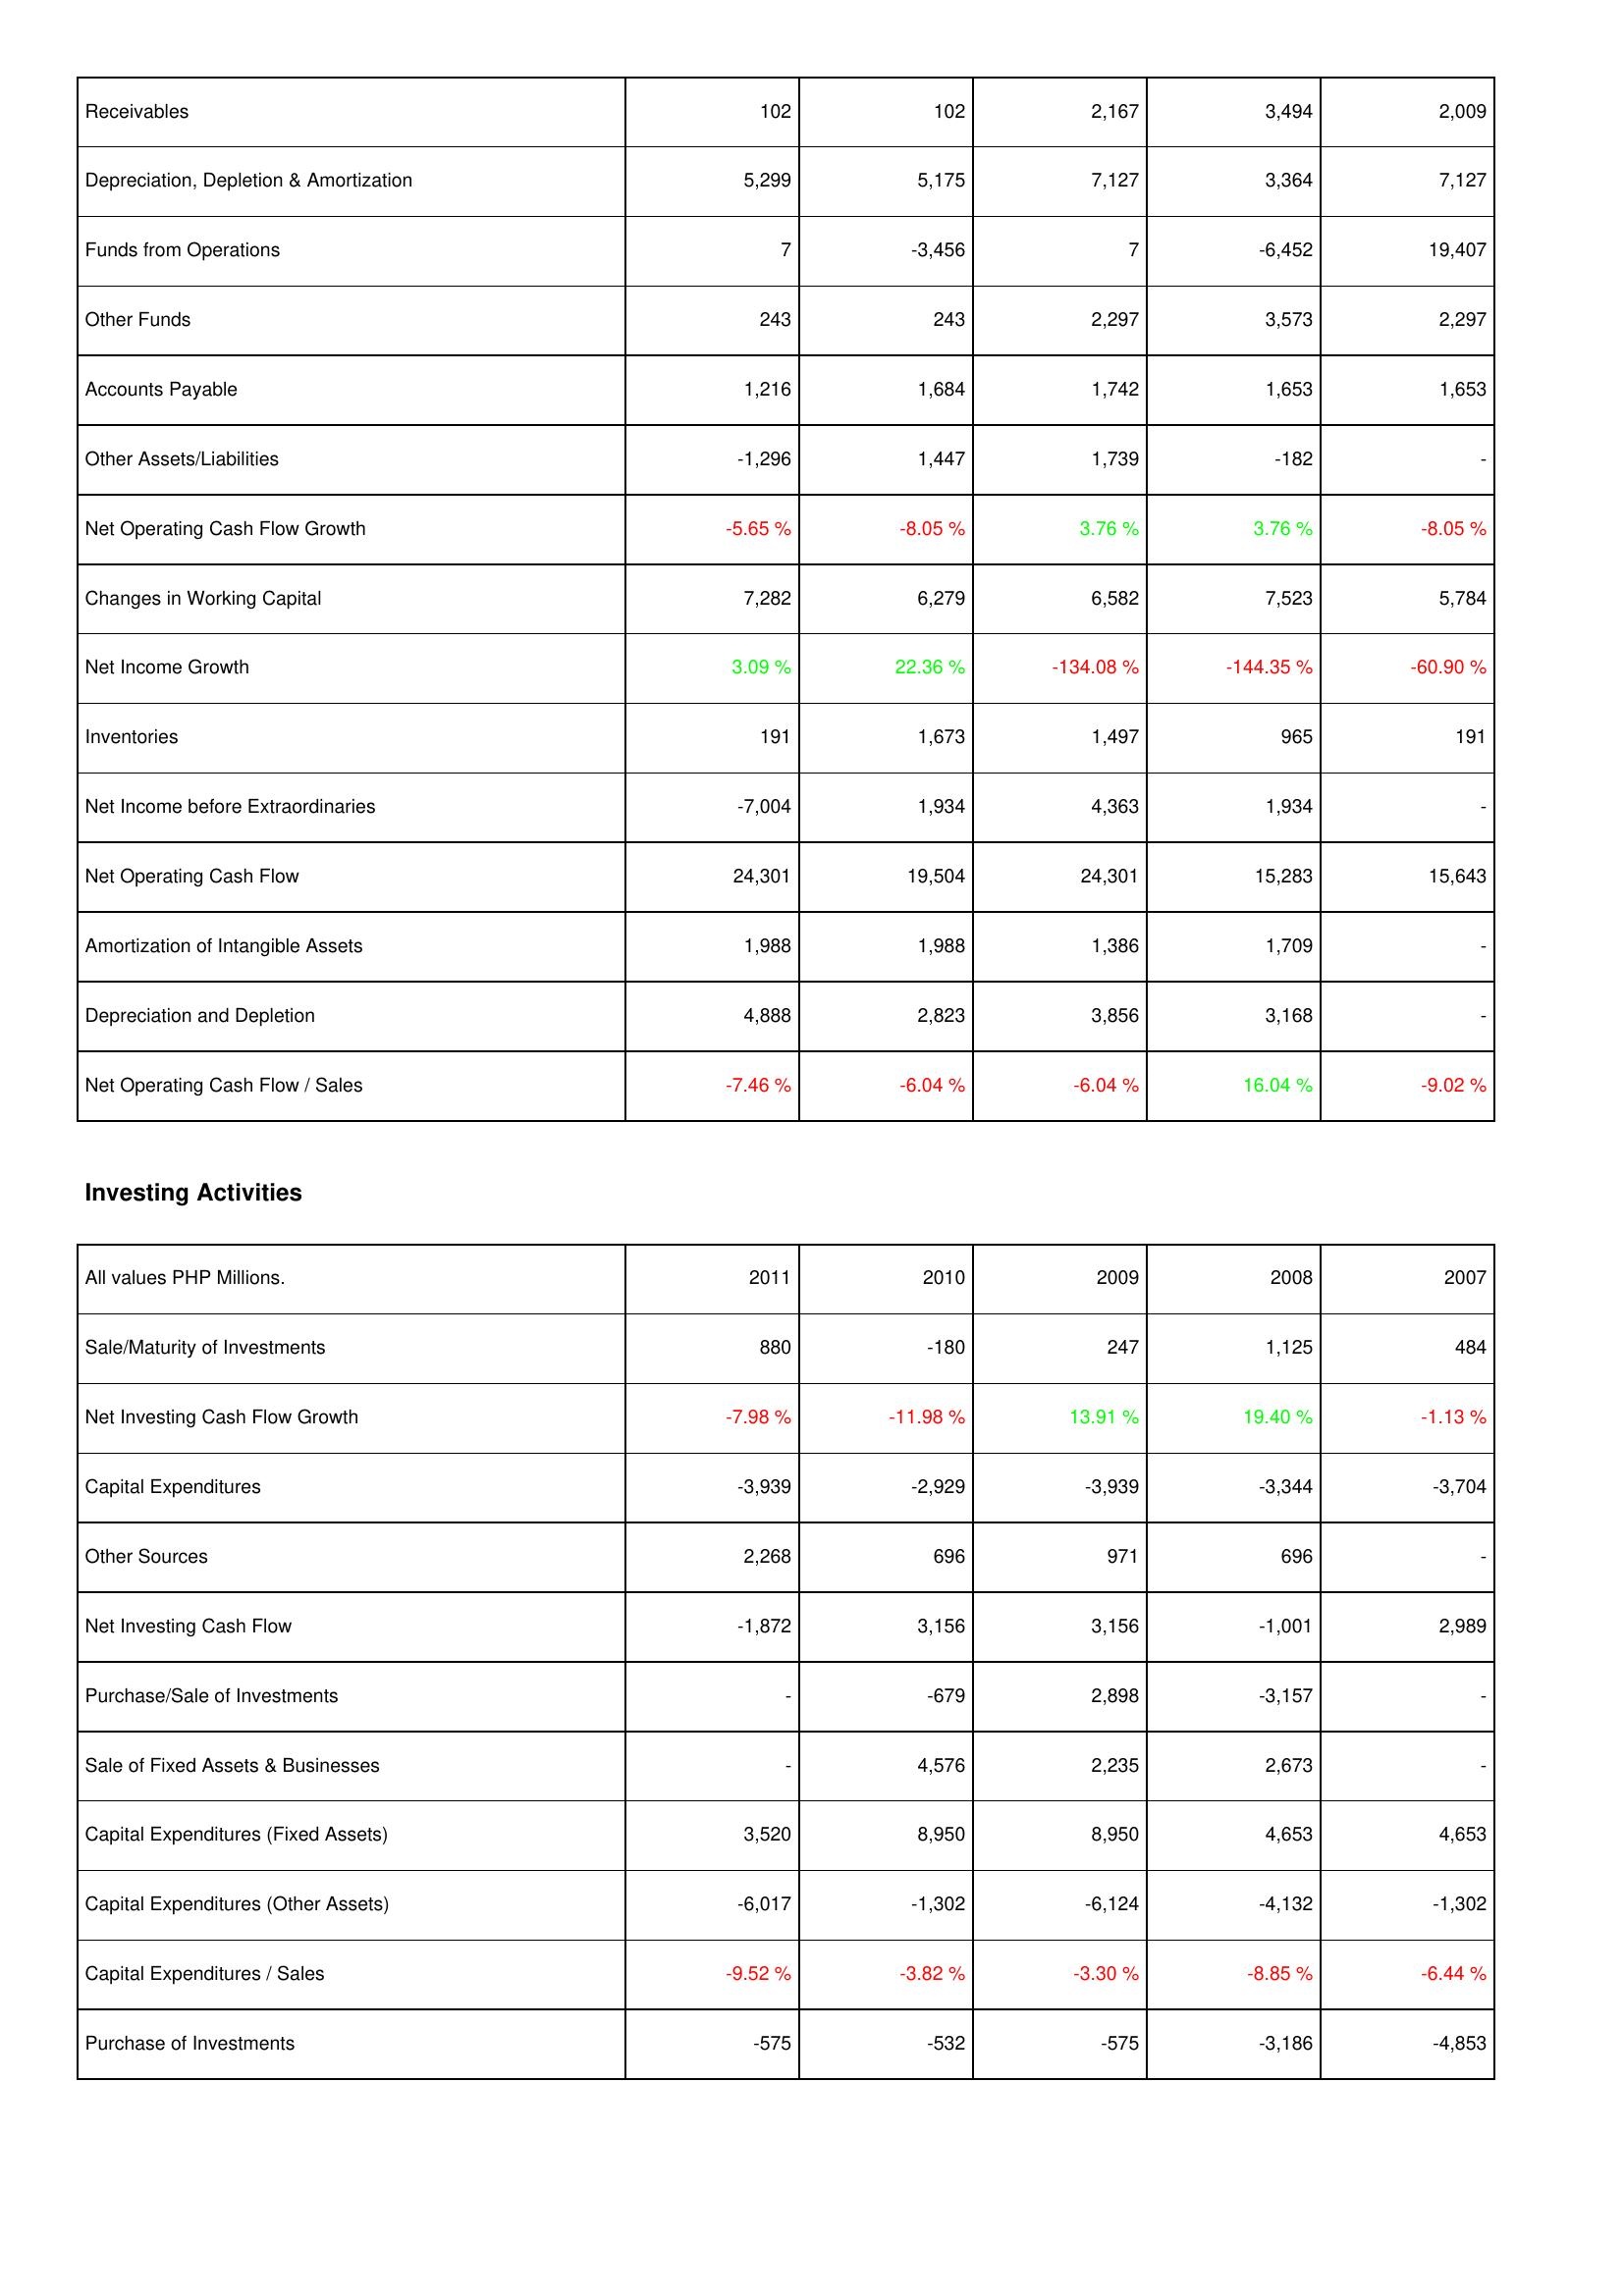
2011: Operating Activities: Receivables: 102
Depreciation, Depletion & Amortization: 5,299
Funds from Operations: 7
Other Funds: 243
Accounts Payable: 1,216
Other Assets/Liabilities: -1,296
Net Operating Cash Flow Growth: -5.65 %
Changes in Working Capital: 7,282
Net Income Growth: 3.09 %
Inventories: 191
Net Income before Extraordinaries: -7,004
Net Operating Cash Flow: 24,301
Amortization of Intangible Assets: 1,988
Depreciation and Depletion: 4,888
Net Operating Cash Flow / Sales: -7.46 %
Investing Activities: Sale/Maturity of Investments: 880
Net Investing Cash Flow Growth: -7.98 %
Capital Expenditures: -3,939
Other Sources: 2,268
Net Investing Cash Flow: -1,872
Purchase/Sale of Investments: -
Sale of Fixed Assets & Businesses: -
Capital Expenditures (Fixed Assets): 3,520
Capital Expenditures (Other Assets): -6,017
Capital Expenditures / Sales: -9.52 %
Purchase of Investments: -575
2010: Operating Activities: Receivables: 102
Depreciation, Depletion & Amortization: 5,175
Funds from Operations: -3,456
Other Funds: 243
Accounts Payable: 1,684
Other Assets/Liabilities: 1,447
Net Operating Cash Flow Growth: -8.05 %
Changes in Working Capital: 6,279
Net Income Growth: 22.36 %
Inventories: 1,673
Net Income before Extraordinaries: 1,934
Net Operating Cash Flow: 19,504
Amortization of Intangible Assets: 1,988
Depreciation and Depletion: 2,823
Net Operating Cash Flow / Sales: -6.04 %
Investing Activities: Sale/Maturity of Investments: -180
Net Investing Cash Flow Growth: -11.98 %
Capital Expenditures: -2,929
Other Sources: 696
Net Investing Cash Flow: 3,156
Purchase/Sale of Investments: -679
Sale of Fixed Assets & Businesses: 4,576
Capital Expenditures (Fixed Assets): 8,950
Capital Expenditures (Other Assets): -1,302
Capital Expenditures / Sales: -3.82 %
Purchase of Investments: -532
2009: Operating Activities: Receivables: 2,167
Depreciation, Depletion & Amortization: 7,127
Funds from Operations: 7
Other Funds: 2,297
Accounts Payable: 1,742
Other Assets/Liabilities: 1,739
Net Operating Cash Flow Growth: 3.76 %
Changes in Working Capital: 6,582
Net Income Growth: -134.08 %
Inventories: 1,497
Net Income before Extraordinaries: 4,363
Net Operating Cash Flow: 24,301
Amortization of Intangible Assets: 1,386
Depreciation and Depletion: 3,856
Net Operating Cash Flow / Sales: -6.04 %
Investing Activities: Sale/Maturity of Investments: 247
Net Investing Cash Flow Growth: 13.91 %
Capital Expenditures: -3,939
Other Sources: 971
Net Investing Cash Flow: 3,156
Purchase/Sale of Investments: 2,898
Sale of Fixed Assets & Businesses: 2,235
Capital Expenditures (Fixed Assets): 8,950
Capital Expenditures (Other Assets): -6,124
Capital Expenditures / Sales: -3.30 %
Purchase of Investments: -575
2008: Operating Activities: Receivables: 3,494
Depreciation, Depletion & Amortization: 3,364
Funds from Operations: -6,452
Other Funds: 3,573
Accounts Payable: 1,653
Other Assets/Liabilities: -182
Net Operating Cash Flow Growth: 3.76 %
Changes in Working Capital: 7,523
Net Income Growth: -144.35 %
Inventories: 965
Net Income before Extraordinaries: 1,934
Net Operating Cash Flow: 15,283
Amortization of Intangible Assets: 1,709
Depreciation and Depletion: 3,168
Net Operating Cash Flow / Sales: 16.04 %
Investing Activities: Sale/Maturity of Investments: 1,125
Net Investing Cash Flow Growth: 19.40 %
Capital Expenditures: -3,344
Other Sources: 696
Net Investing Cash Flow: -1,001
Purchase/Sale of Investments: -3,157
Sale of Fixed Assets & Businesses: 2,673
Capital Expenditures (Fixed Assets): 4,653
Capital Expenditures (Other Assets): -4,132
Capital Expenditures / Sales: -8.85 %
Purchase of Investments: -3,186
2007: Operating Activities: Receivables: 2,009
Depreciation, Depletion & Amortization: 7,127
Funds from Operations: 19,407
Other Funds: 2,297
Accounts Payable: 1,653
Other Assets/Liabilities: -
Net Operating Cash Flow Growth: -8.05 %
Changes in Working Capital: 5,784
Net Income Growth: -60.90 %
Inventories: 191
Net Income before Extraordinaries: -
Net Operating Cash Flow: 15,643
Amortization of Intangible Assets: -
Depreciation and Depletion: -
Net Operating Cash Flow / Sales: -9.02 %
Investing Activities: Sale/Maturity of Investments: 484
Net Investing Cash Flow Growth: -1.13 %
Capital Expenditures: -3,704
Other Sources: -
Net Investing Cash Flow: 2,989
Purchase/Sale of Investments: -
Sale of Fixed Assets & Businesses: -
Capital Expenditures (Fixed Assets): 4,653
Capital Expenditures (Other Assets): -1,302
Capital Expenditures / Sales: -6.44 %
Purchase of Investments: -4,853